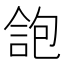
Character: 𠌑